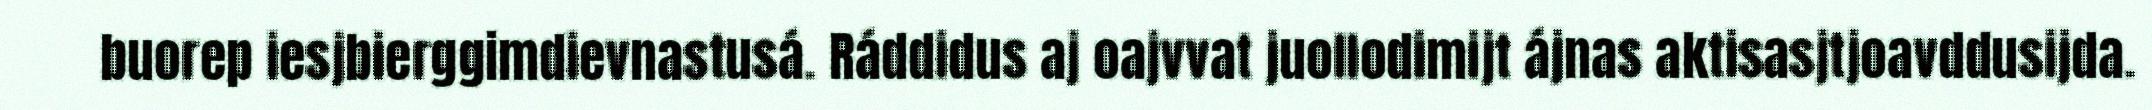
buorep iesjbierggimdievnastusá. Ráddidus aj oajvvat juollodimijt ájnas aktisasjtjoavddusijda.